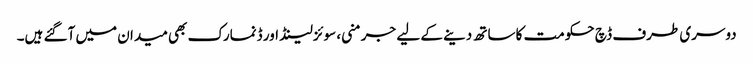
دوسری طرف ڈچ حکومت کا ساتھ دینے کے لیے جرمنی، سوئزلینڈ اور ڈنمارک بھی میدان میں آگئے ہیں۔